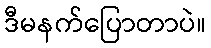
ဒီမနက်ပြောတာပဲ။